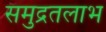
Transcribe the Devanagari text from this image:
समुद्रतलाभ